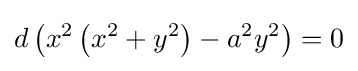
d\left(x^{2}\left(x^{2}+y^{2}\right)-a^{2}y^{2}\right)=0